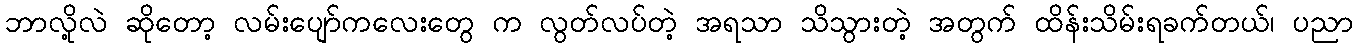
ဘာလို့လဲ ဆိုတော့ လမ်းပျော်ကလေးတွေ က လွတ်လပ်တဲ့ အရသာ သိသွားတဲ့ အတွက် ထိန်းသိမ်းရခက်တယ်၊ ပညာ